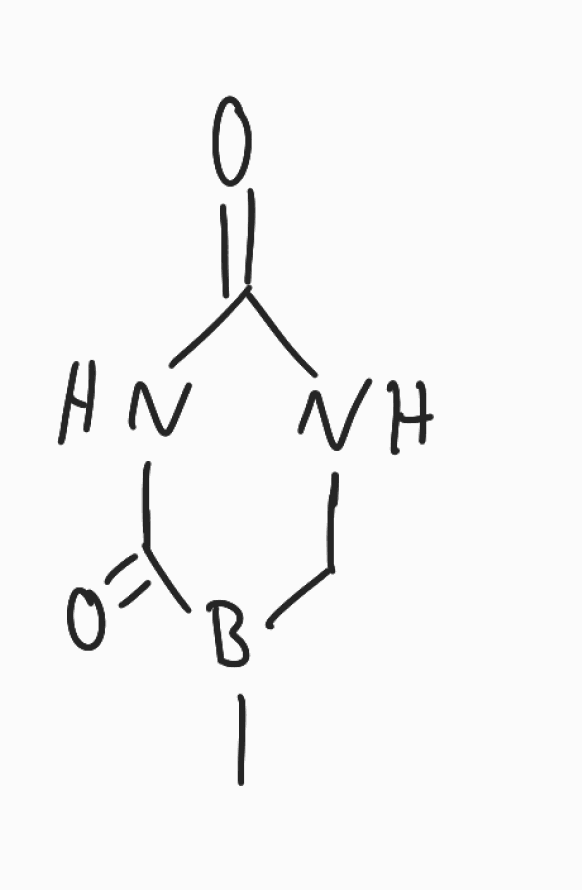
Simplified molecular-input line-entry system (SMILES) notation of the given molecule:
B1(CNC(=O)NC1=O)C